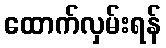
ထောက်လှမ်းရန်